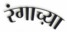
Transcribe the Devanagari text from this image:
रंगाच्य़ा